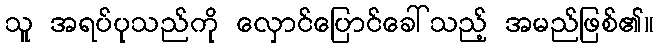
သူ အရပ်ပုသည်ကို လှောင်ပြောင်ခေါ်သည့် အမည်ဖြစ်၏။